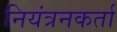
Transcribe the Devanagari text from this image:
नियंत्रनकर्ता